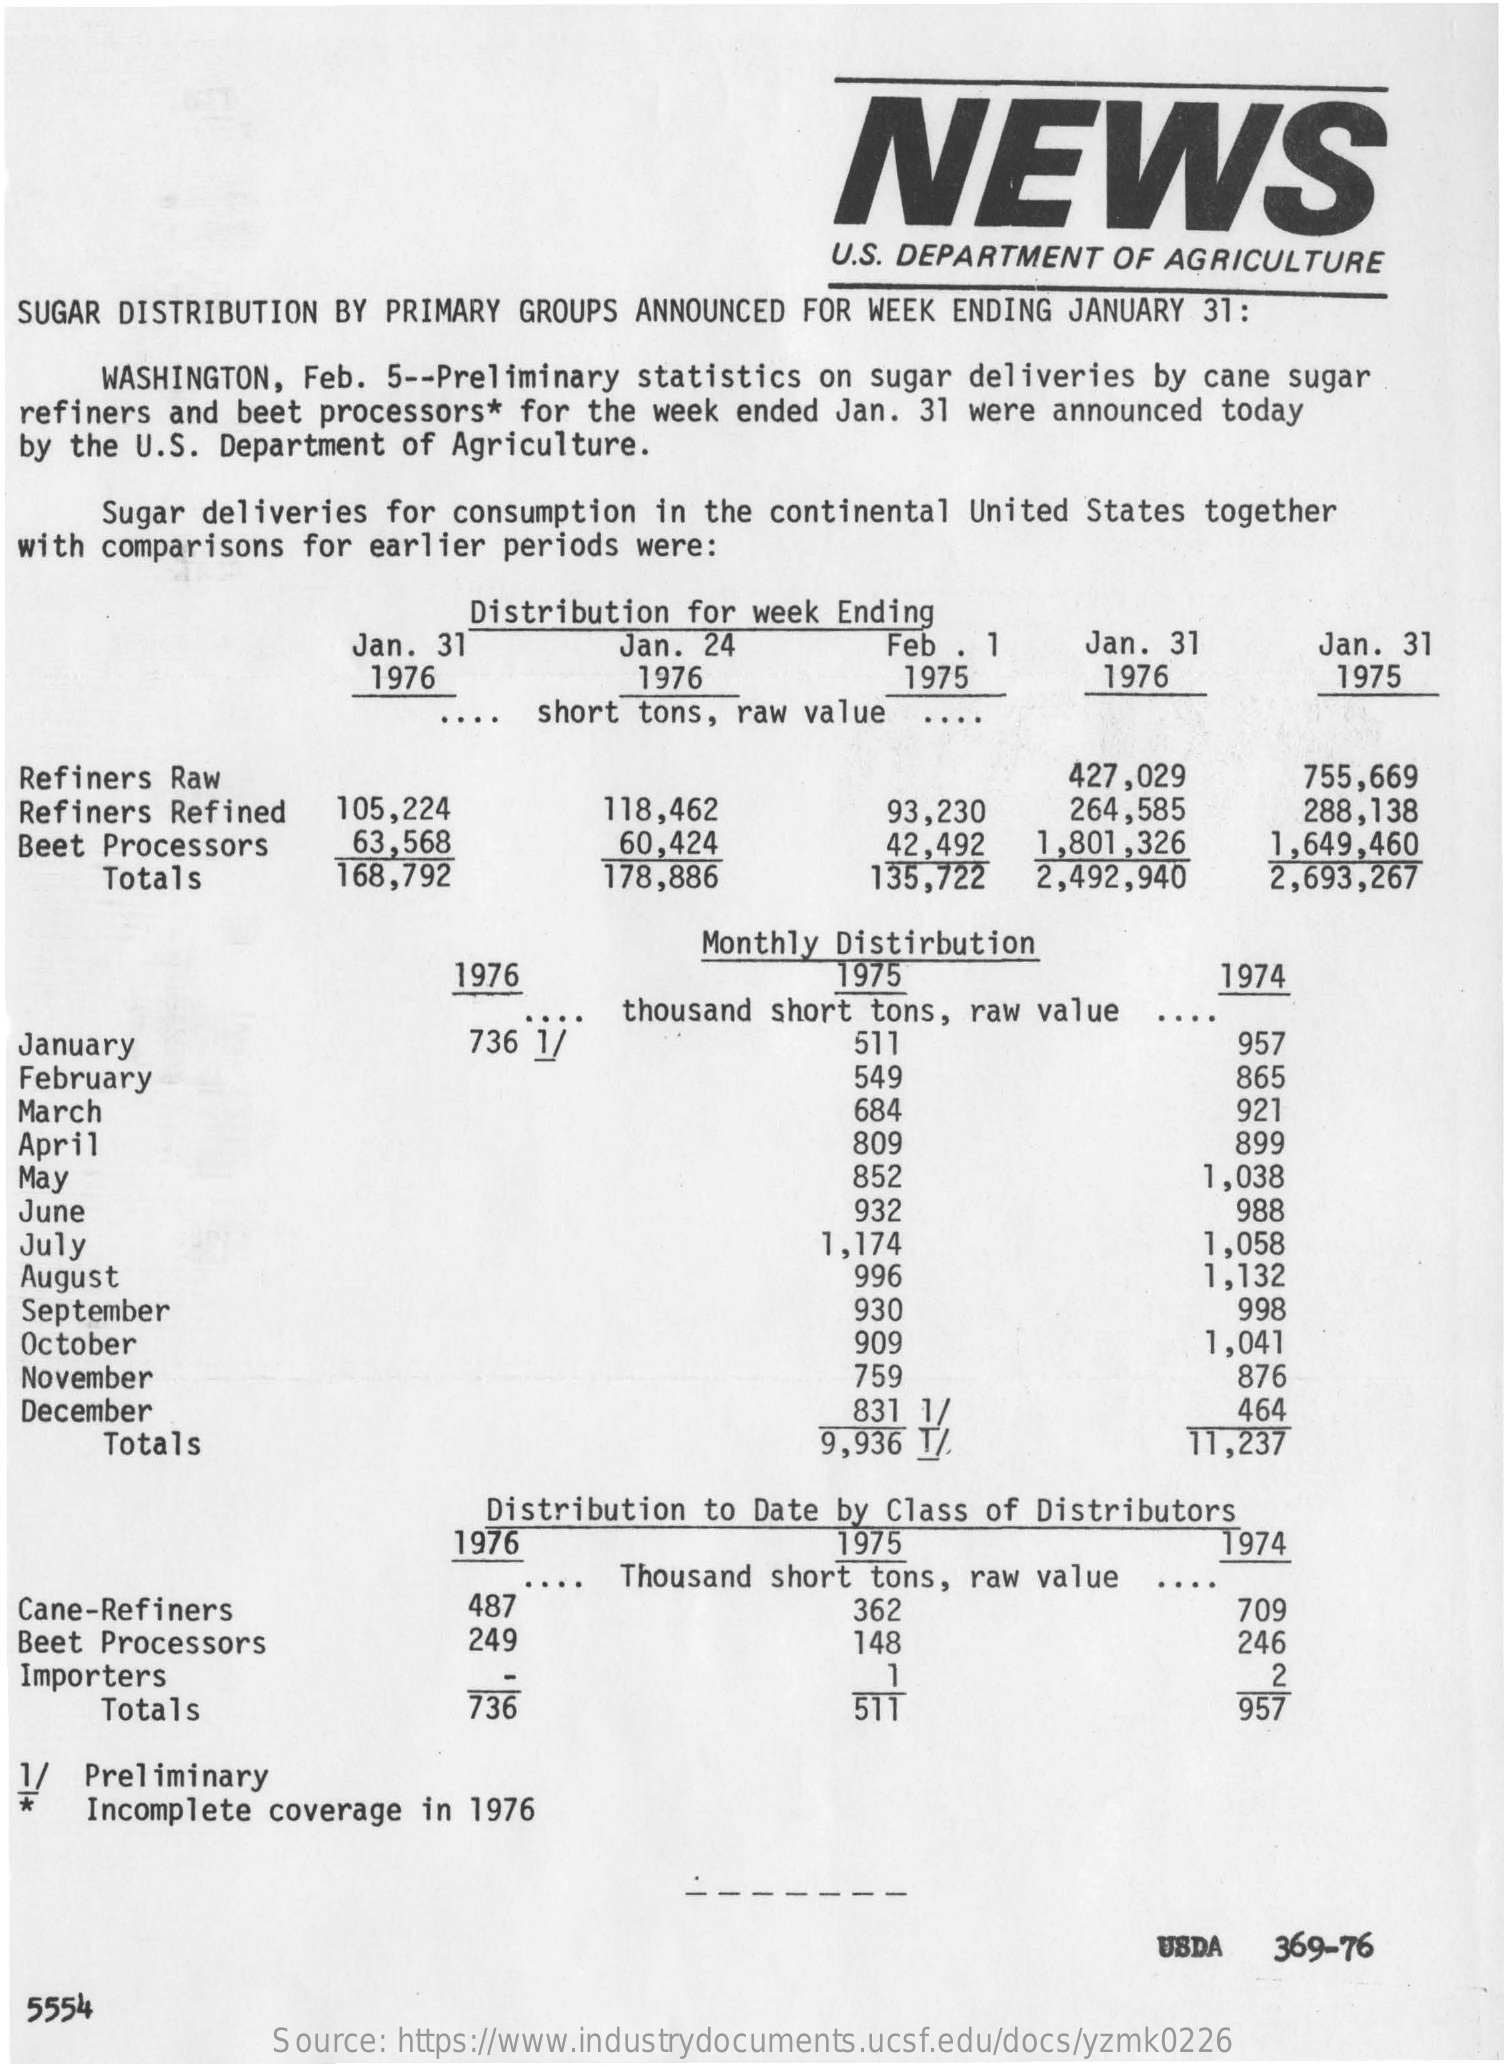
NEWS
     U.S. DEPARTMENT OF AGRICULTURE
  SUGAR DISTRIBUTION BY PRIMARY GROUPS ANNOUNCED FOR WEEK ENDING JANUARY 31:
     WASHINGTON, Feb. 5 -- Preliminary statistics on sugar deliveries by cane sugar
  refiners and beet processors* for the week ended Jan. 31 were announced today
  by the U.S. Department of Agriculture.
     Sugar deliveries for consumption in the continental United States together
  with comparisons for earlier periods were:
     Distribution for week Ending
     Jan. 31    Jan. 24    Feb  7    Jan. 31    Jan. 31
     1976    1976    1975    1976    1975
     short tons, raw value
  Refiners Raw
     105,224    118,462
     427,029    755,669
  Refiners Refined    93,230    264,585    288,138
  Beet Processors  63,568
     Totals    168,792
     60,424
     178,886
     42,492
     135,722
     1,801,326
     2,492,940
     1,649,460
     2,693,267
     Monthly Distirbution
     1976    1975    1974
     736 1/
     thousand short tons, raw value
  January    511    957
  February    549    865
  March    684    921
  April    809    899
  May    852    1,038
  June    932    988
  July    1,174    1,058
  August    996    1,132
  September    930    998
  October    909    1,041
  November    759    876
  December    831 1/    464
     Totals    9,936 T/    11,237
     Distribution to Date by Class of Distributors
     1976    1975    1974
  Cane-Refiners    487
     Thousand short tons, raw value
     362    709
  Beet Processors    249    148    246
  Importers    1
     736
     2
     Totals    511    957
  1/ Preliminary
     Incomplete coverage in 1976
     USDA  369-76
  5554
     Source: https://www.industrydocuments.ucsf.edu/docs/yzmk0226